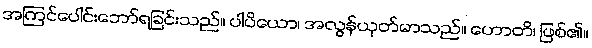
အကြင်ပေါင်းဘော်ရခြင်းသည်။ ပါပိယော၊ အလွန်ယုတ်မာသည်။ ဟောတိ၊ ဖြစ်၏။